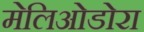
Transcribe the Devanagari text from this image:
मेलिओडोरा